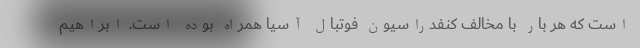
است که هر بار با مخالف کنفدراسیون فوتبال آسیا همراه بوده است. ابراهیم